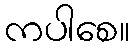
ကပါစေ။